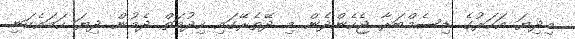
މިދިޔަ އަހަރުގެ ޑިސެމްބަރާ ޖެހެންދެން މި ދޭތެރޭގައި ހިދުމަތް ދެމުން ދިޔަ ހަމައެކަނި